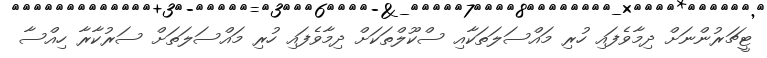
ޓީޗަރުންނަށް ދިމާވެފައި ހުރި މައްސަލަތަކާއި ސްކޫލްތަކަށް ދިމާވެފައި ހުރި މައްސަލަތަށް ސަރުކާރާ ހިއްސާ